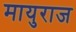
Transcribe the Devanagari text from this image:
मायुराज